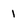
Character: 1